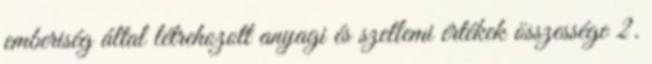
emberiség által létrehozott anyagi és szellemi értékek összessége 2.